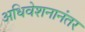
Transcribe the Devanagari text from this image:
अधिवेशनानंतर